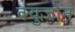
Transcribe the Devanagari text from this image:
क्युज़ोन